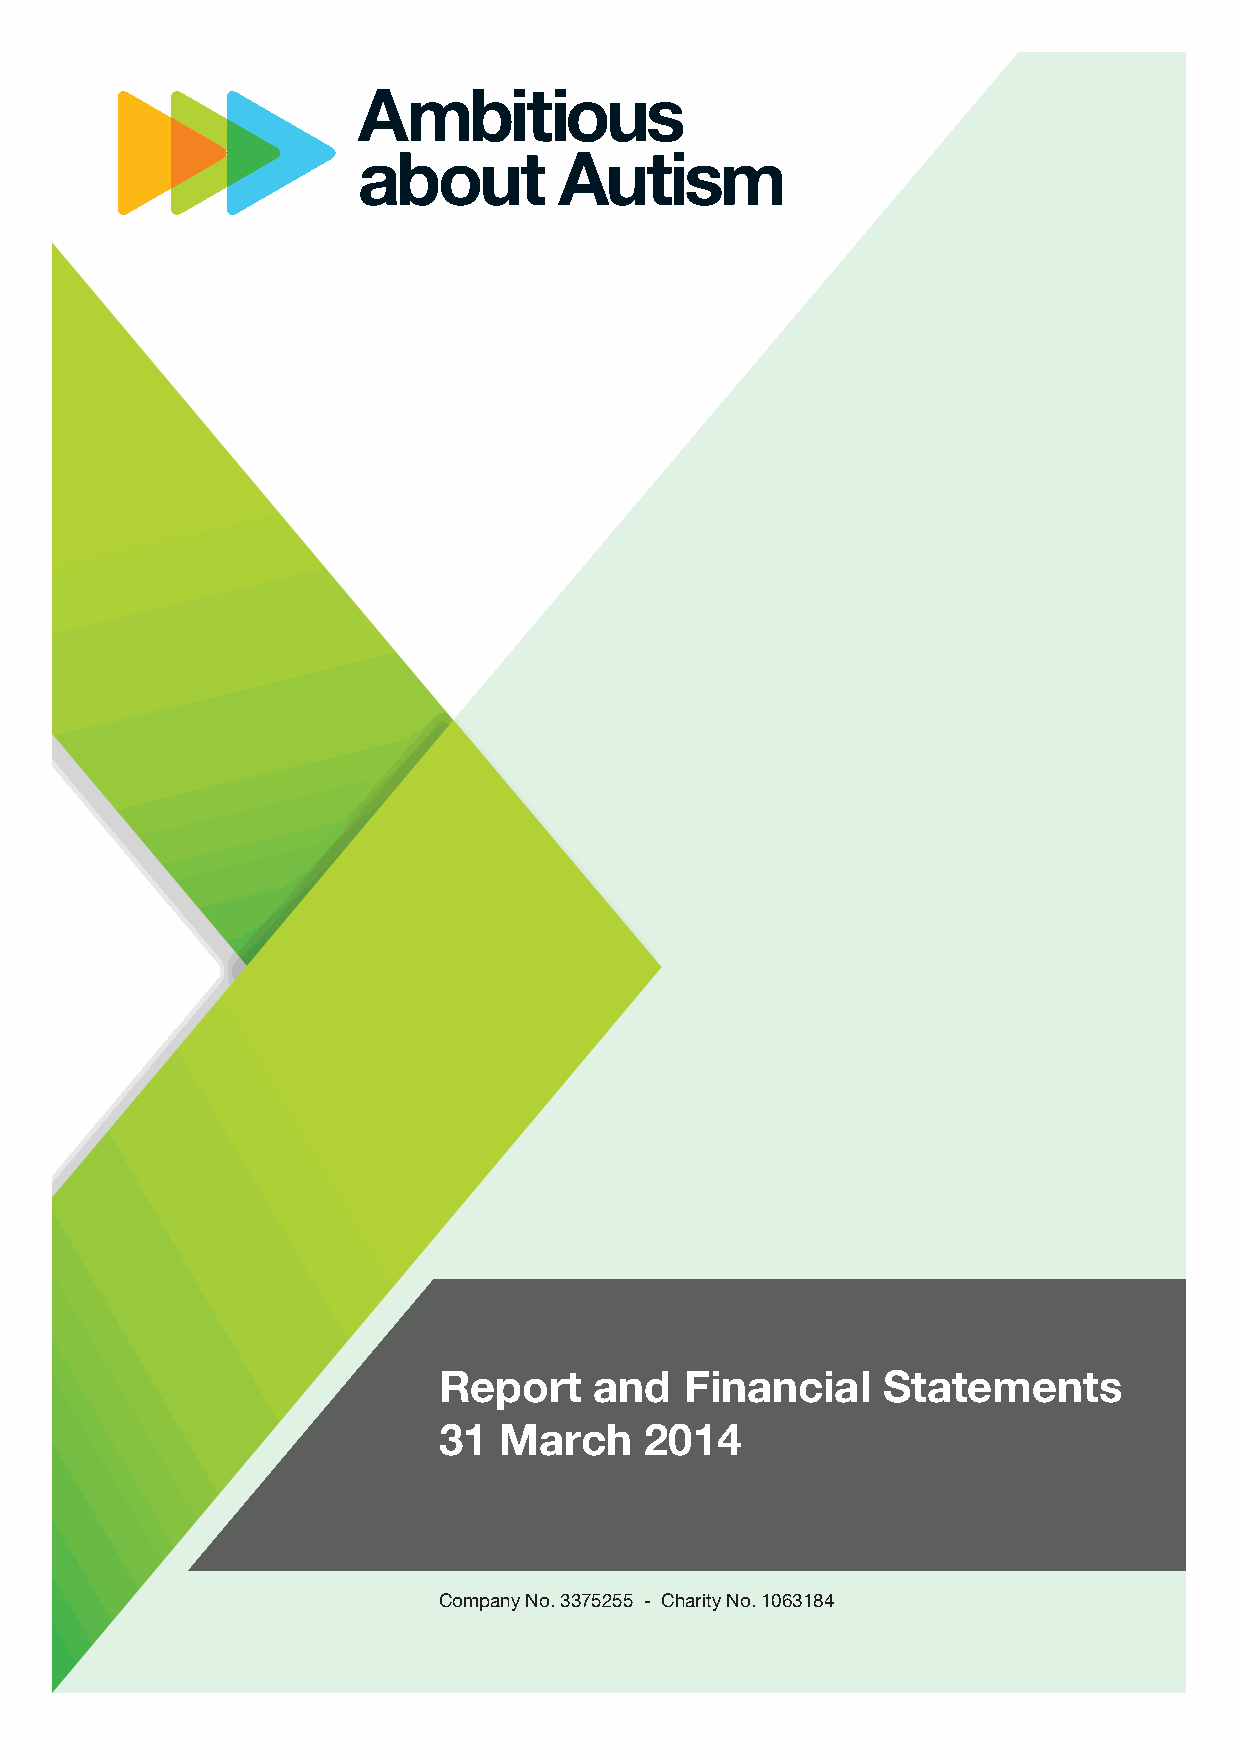
Report    and   Financial    Statements
 31  March     2014
 Company No. 3375255 - Charity No. 1063184